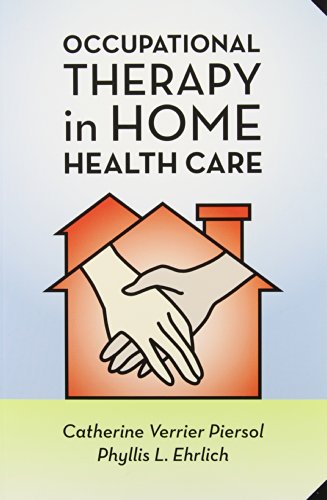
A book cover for Occupational Therapy in Home Health Care; Catherine Verrier Piersol; Medical Books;